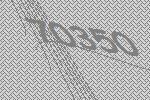
70350